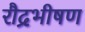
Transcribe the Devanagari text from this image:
रौद्रभीषण